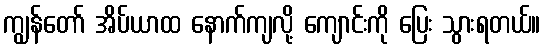
ကျွန်တော် အိပ်ယာထ နောက်ကျလို့ ကျောင်းကို ပြေး သွားရတယ်။